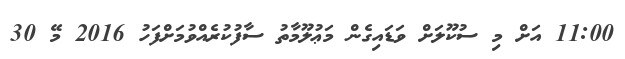
11:00 އަށް މި ސުކޫލަށް ވަޑައިގެން މަޢުލޫމާތު ސާފުކުރެއްވުމަށްފަހު 2016 މޭ 30